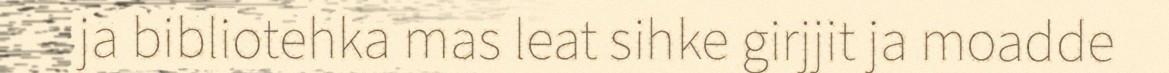
ja bibliotehka mas leat sihke girjjit ja moadde